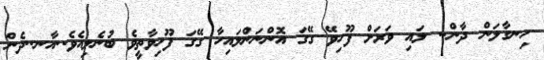
ހިނގާލަން ދާން.. ލައި ވަރަށް ފޫހިވޭ ގޭގަ އޮންނަންލައިހާ ގޭގަ ފޫހިވާތީވެ ބުނެލިއެވެ..އާނ..ދެން